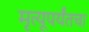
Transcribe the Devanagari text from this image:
मृत्यूपर्यंतचा